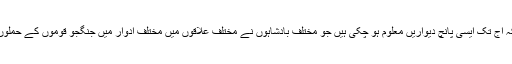
تو اس میں بھی اختلافات ہیں کیونکہ آج تک ایسی پانچ دیواریں معلوم ہو چکی ہیں جو مختلف بادشاہوں نے مختلف علاقوں میں مختلف ادوار میں جنگجو قوموں کے حملوں سے بچائو کی خاطر بنوائی تھیں۔